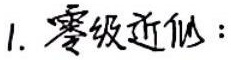
1. 零级近似：